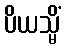
ပိယသ္မိံ